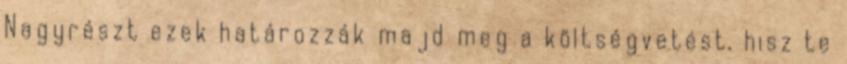
Nagyrészt ezek határozzák majd meg a költségvetést, hisz te